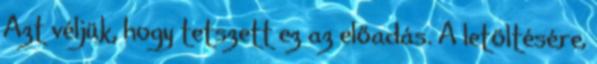
Azt véljük, hogy tetszett ez az előadás. A letöltésére,